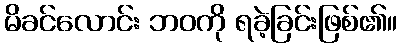
မိခင်လောင်း ဘဝကို ရခဲ့ခြင်းဖြစ်၏။